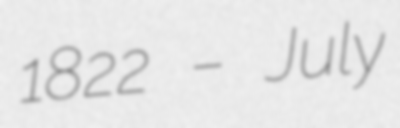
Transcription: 1822 – July